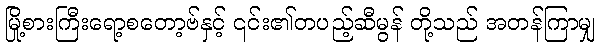
မြို့စားကြီးရော့စတော့ဗ်နှင့် ၎င်း၏တပည့်ဆီမွန် တို့သည် အတန်ကြာမျှ